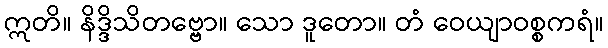
ဣတိ။ နိဒ္ဒိသိတဗ္ဗော။ သော ဒူတော။ တံ ဝေယျာဝစ္စကရံ။